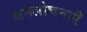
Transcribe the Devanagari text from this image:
समलोचनाएँ